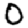
Digit: 0